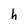
Character: h